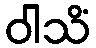
ဝါသိံ